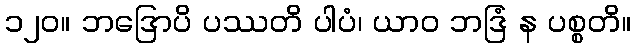
၁၂၀။ ဘဒြောပိ ပဿတိ ပါပံ၊ ယာဝ ဘဒြံ န ပစ္စတိ။